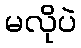
မလိုပဲ